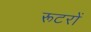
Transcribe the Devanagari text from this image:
रूटरों